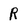
Character: R